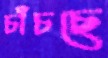
চাঁচছে